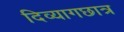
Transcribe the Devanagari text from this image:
दिव्यागछात्र